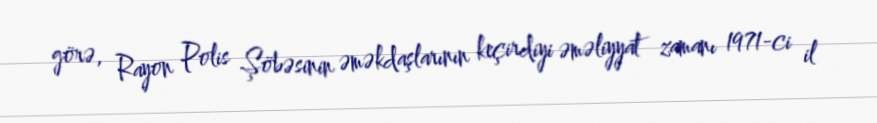
görə, Rayon Polis Şöbəsinin əməkdaşlarının keçirdiyi əməliyyat zamanı 1971-ci il